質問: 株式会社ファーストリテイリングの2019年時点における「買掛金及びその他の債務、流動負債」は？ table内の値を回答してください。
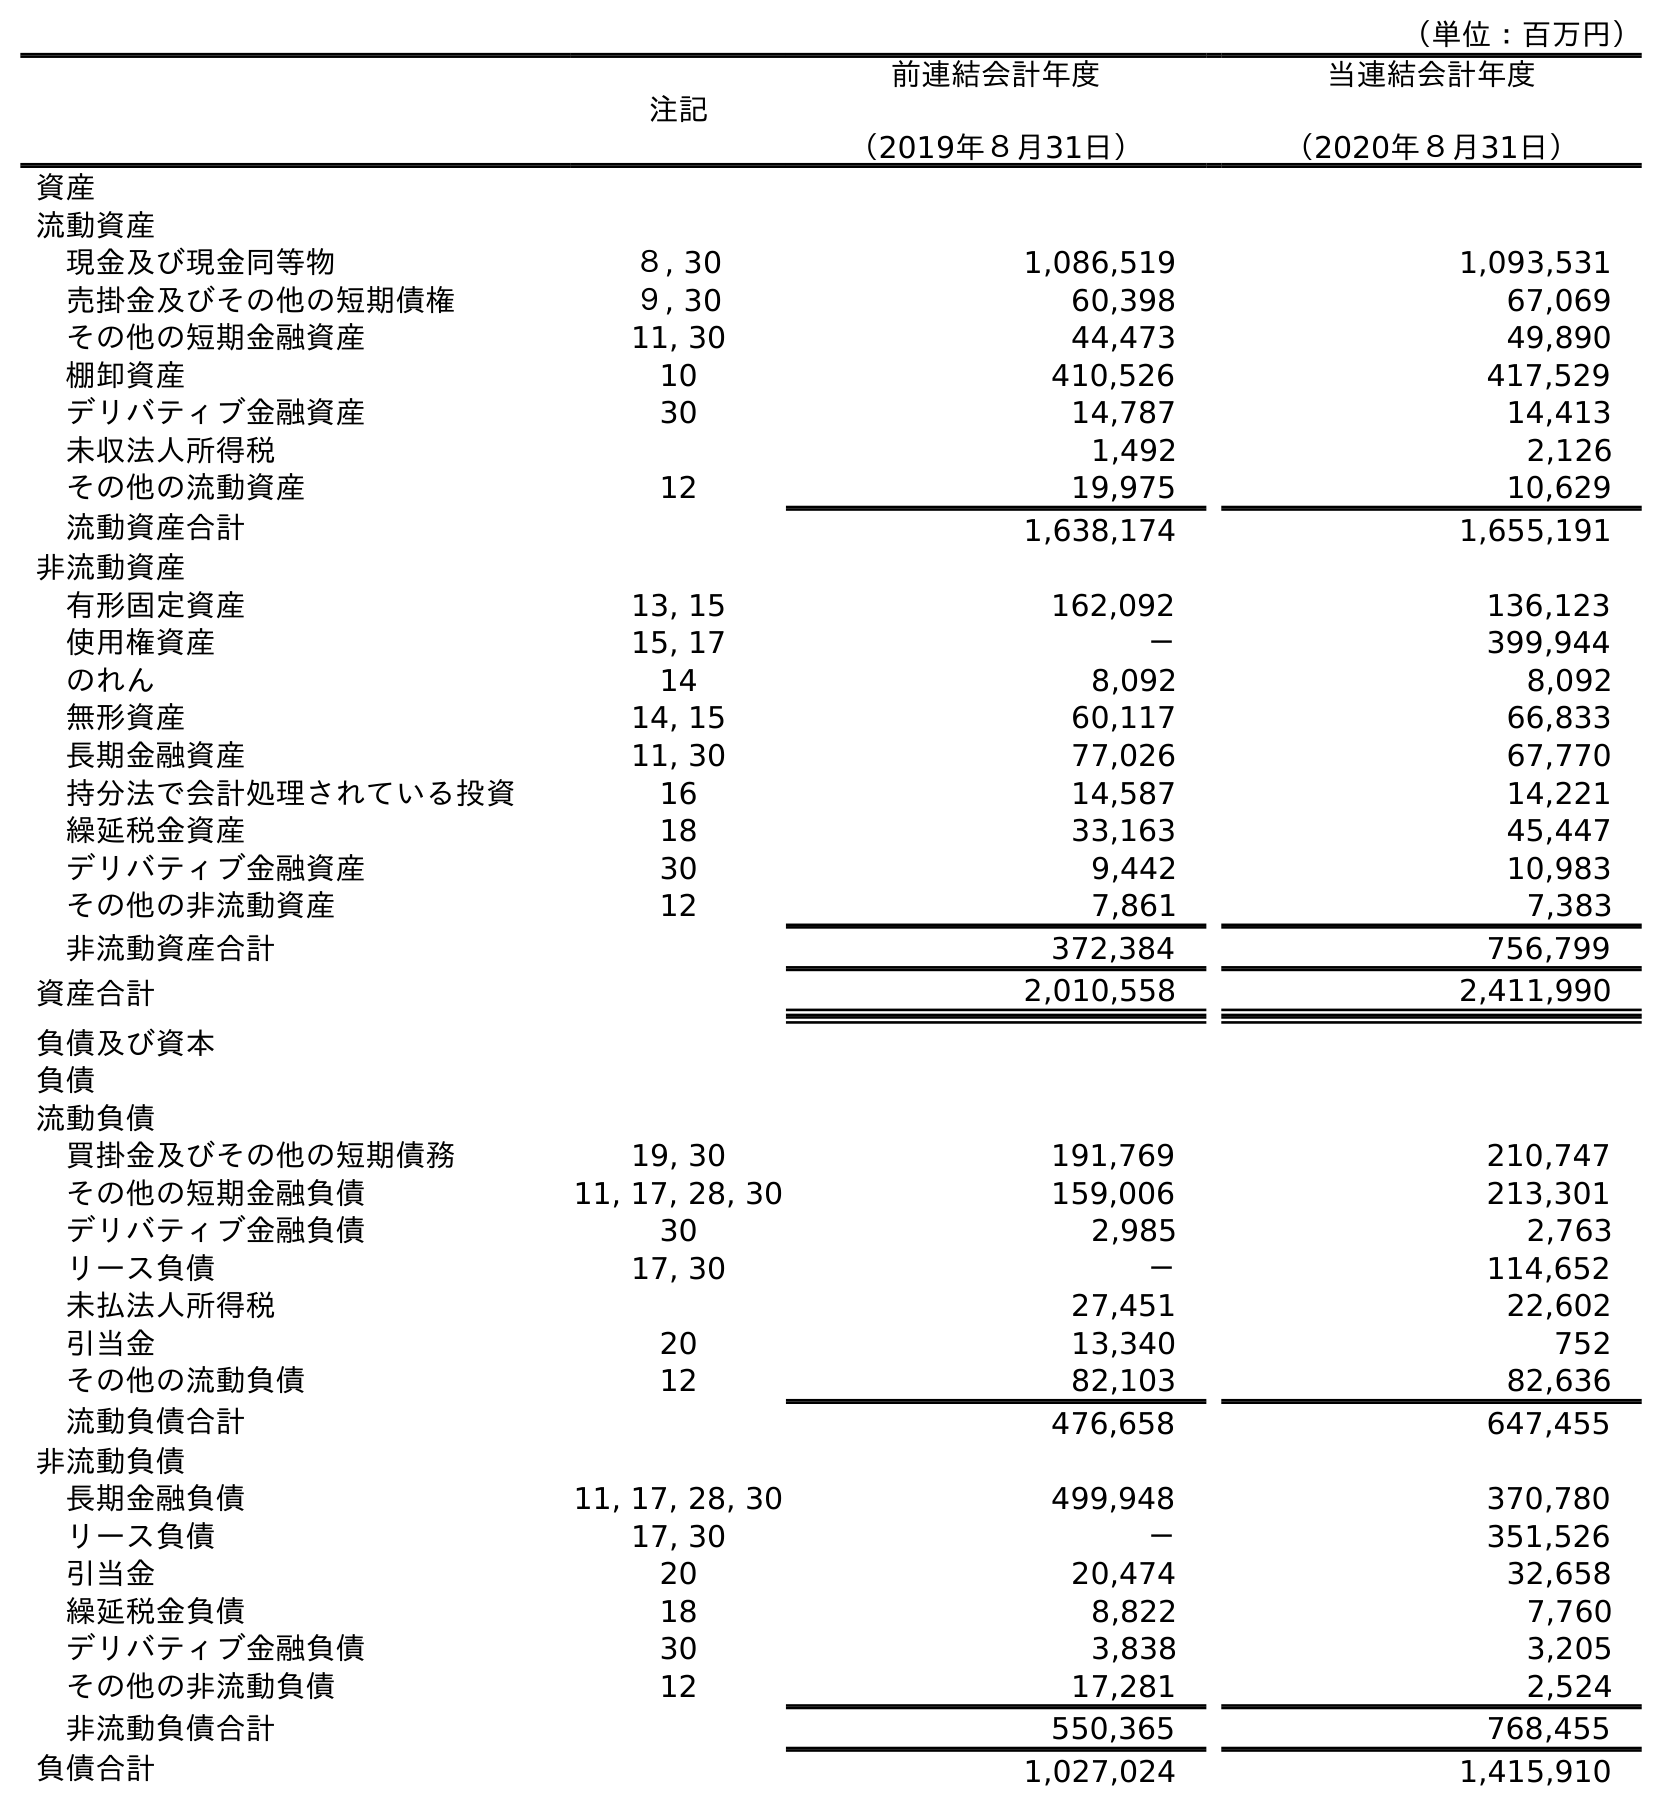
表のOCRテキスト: （単位：百万円） 注記 前連結会計年度 （2019年８月31日） 当連結会計年度 （2020年８月31日） 資産 流動資産 現金及び現金同等物 ８, 30 1,086,519 1,093,531 売掛金及びその他の短期債権 ９, 30 60,398 67,069 その他の短期金融資産 11, 30 44,473 49,890 棚卸資産 10 410,526 417,529 デリバティブ金融資産 30 14,787 14,413 未収法人所得税 1,492 2,126 その他の流動資産 12 19,975 10,629 流動資産合計 1,638,174 1,655,191 非流動資産 有形固定資産 13, 15 162,092 136,123 使用権資産 15, 17 － 399,944 のれん 14 8,092 8,092 無形資産 14, 15 60,117 66,833 長期金融資産 11, 30 77,026 67,770 持分法で会計処理されている投資 16 14,587 14,221 繰延税金資産 18 33,163 45,447 デリバティブ金融資産 30 9,442 10,983 その他の非流動資産 12 7,861 7,383 非流動資産合計 372,384 756,799 資産合計 2,010,558 2,411,990 負債及び資本 負債 流動負債 買掛金及びその他の短期債務 19, 30 191,769 210,747 その他の短期金融負債 11, 17, 28, 30 159,006 213,301 デリバティブ金融負債 30 2,985 2,763 リース負債 17, 30 － 114,652 未払法人所得税 27,451 22,602 引当金 20 13,340 752 その他の流動負債 12 82,103 82,636 流動負債合計 476,658 647,455 非流動負債 長期金融負債 11, 17, 28, 30 499,948 370,780 リース負債 17, 30 － 351,526 引当金 20 20,474 32,658 繰延税金負債 18 8,822 7,760 デリバティブ金融負債 30 3,838 3,205 その他の非流動負債 12 17,281 2,524 非流動負債合計 550,365 768,455 負債合計 1,027,024 1,415,910
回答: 191,769